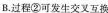
B.过程 ②可发生交叉互换